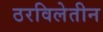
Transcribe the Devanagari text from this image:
ठरविलेतीन